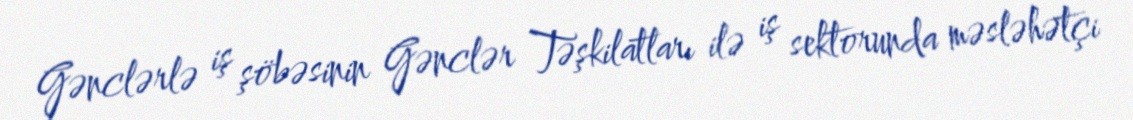
Gənclərlə iş şöbəsinin Gənclər Təşkilatları ilə iş sektorunda məsləhətçi